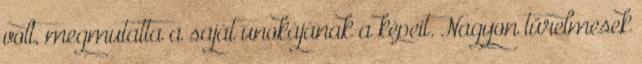
volt, megmutatta a saját unokájának a képeit. Nagyon türelmesek